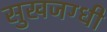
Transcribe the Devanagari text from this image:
सुखजग्धी